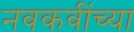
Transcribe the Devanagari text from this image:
नवकवींच्या